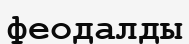
феодалды